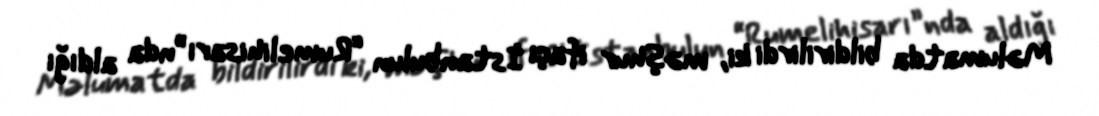
Məlumatda bildirilirdi ki, məşhur ifaçı İstanbulun “Rumelihisarı”nda aldığı